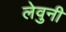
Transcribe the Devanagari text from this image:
लेवुनी